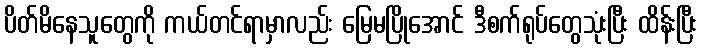
ပိတ်မိနေသူတွေကို ကယ်တင်ရာမှာလည်း မြေမပြိုအောင် ဒီစက်ရုပ်တွေသုံးပြီး ထိန်းပြီး